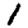
Digit: 1